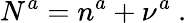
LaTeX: N^{a}=n^{a}+\nu^{a}~.